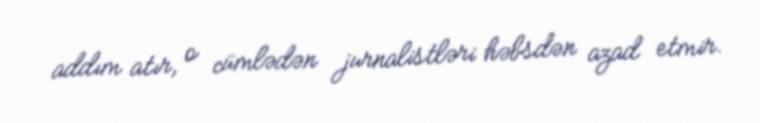
addım atır, o cümlədən jurnalistləri həbsdən azad etmir.